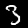
Label: 3